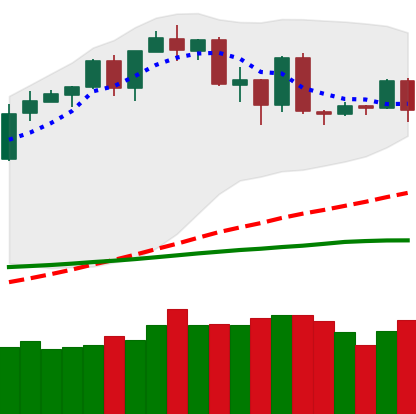
Ticker: BTC-USD
Chart end date: 2020-02-24
Forward return: -10.887%
Label: down_7plus